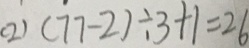
( 2 ) ( 7 7 - 2 ) \div 3 + 1 = 2 6